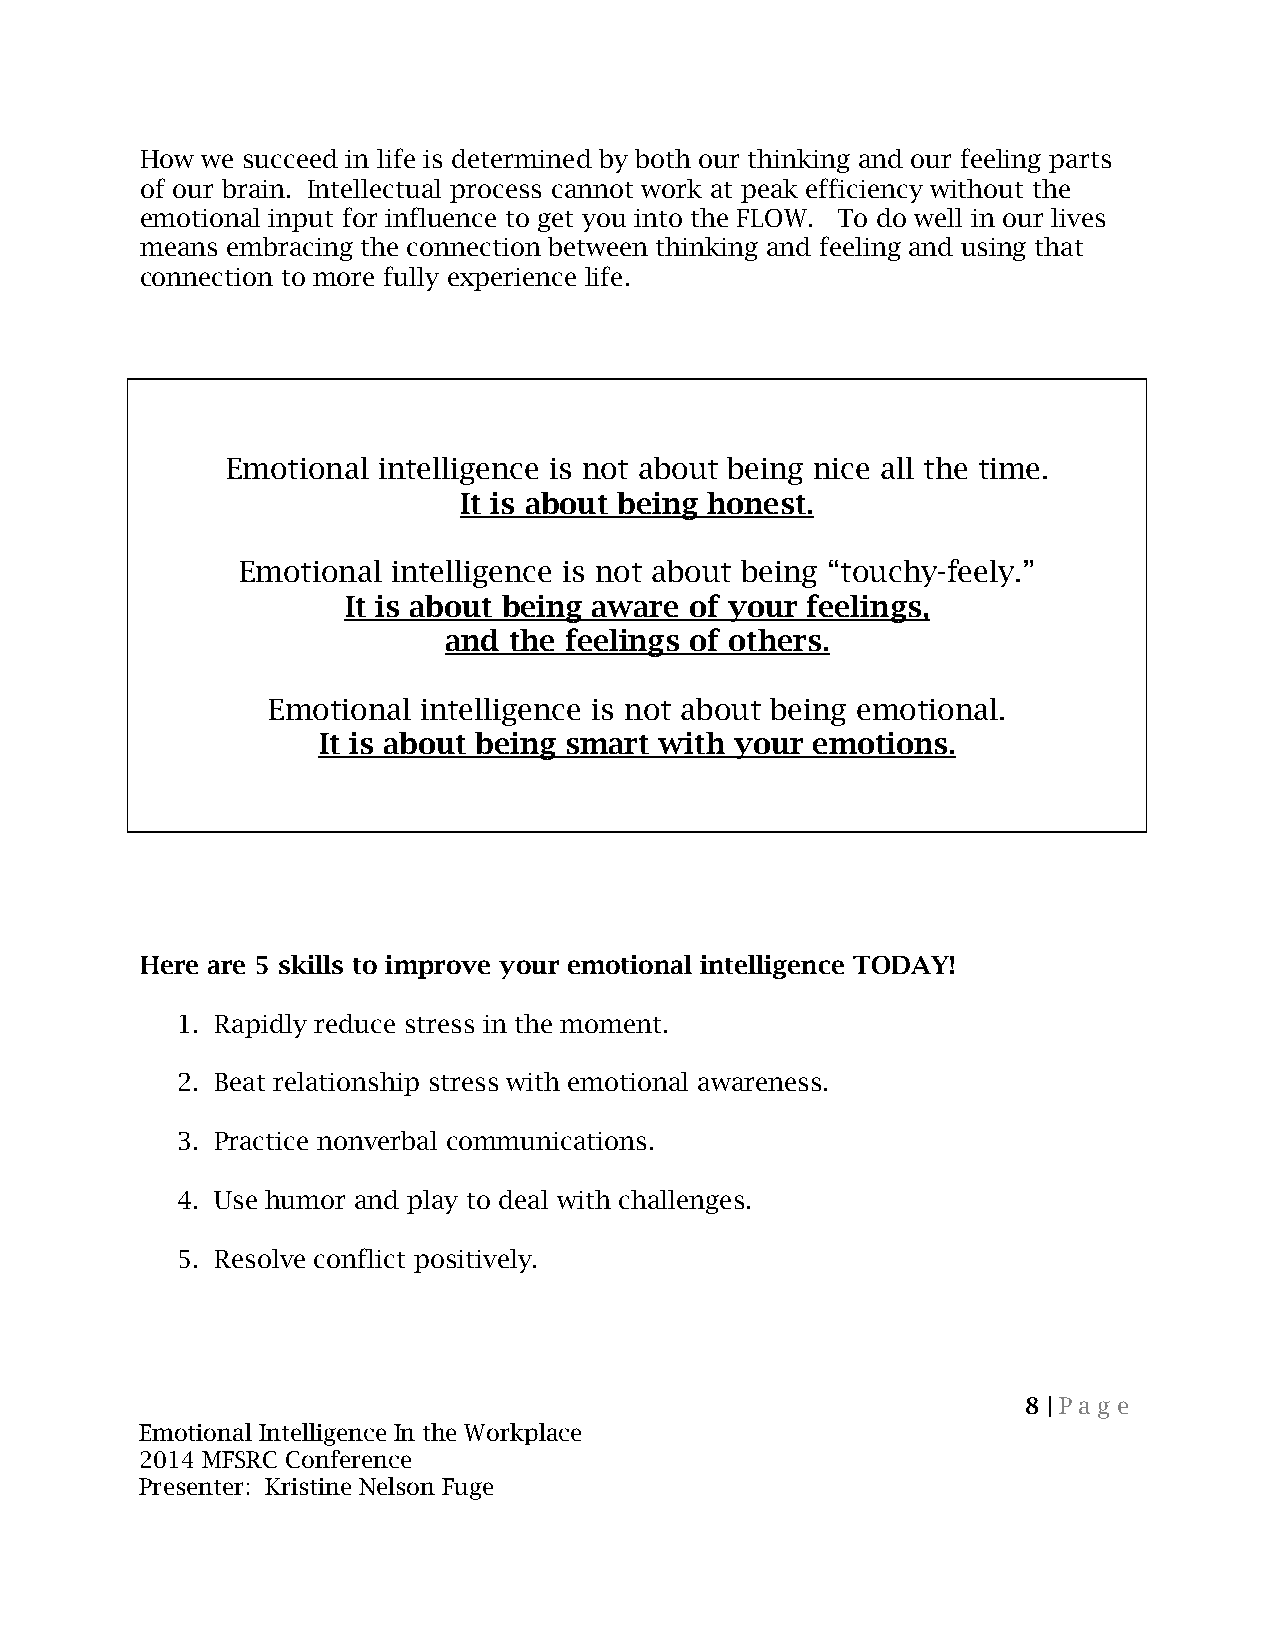
How we succeed in life is determined by both our thinking and our feeling parts
 of our brain. Intellectual process cannot work at peak efficiency without the
 emotional input for influence to get you into the FLOW. To do well in our lives
 means embracing the connection between thinking and feeling and using that
 connection to more fully experience life.
 Emotional intelligence is not about being nice all the time.
 It is about being honest.
 Emotional intelligence is not about being “touchy-feely.”
 It is about being aware of your feelings,
 and  the feelings of others.
 Emotional intelligence is not about being emotional.
 It is about being smart with your emotions.
 Here are 5 skills to improve your emotional intelligence TODAY!
 1. Rapidly reduce stress in the moment.
 2. Beat relationship stress with emotional awareness.
 3. Practice nonverbal communications.
 4. Use humor and play to deal with challenges.
 5. Resolve conflict positively.
 8 | Pa g e
 Emotional Intelligence In the Workplace
 2014 MFSRC Conference
 Presenter: Kristine Nelson Fuge